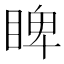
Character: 睥